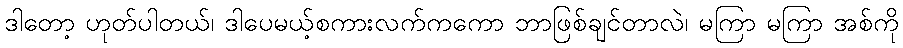
ဒါတော့ ဟုတ်ပါတယ်၊ ဒါပေမယ့်စကားလက်ကကော ဘာဖြစ်ချင်တာလဲ၊ မကြာ မကြာ အစ်ကို